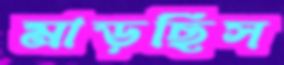
মাড়ছিস